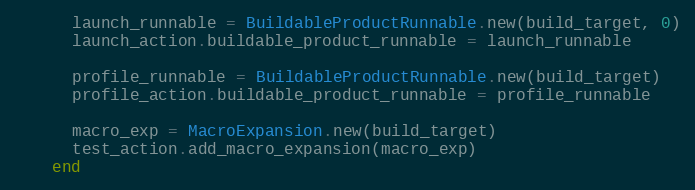
Language: Ruby
      launch_runnable = BuildableProductRunnable.new(build_target, 0)
      launch_action.buildable_product_runnable = launch_runnable

      profile_runnable = BuildableProductRunnable.new(build_target)
      profile_action.buildable_product_runnable = profile_runnable

      macro_exp = MacroExpansion.new(build_target)
      test_action.add_macro_expansion(macro_exp)
    end